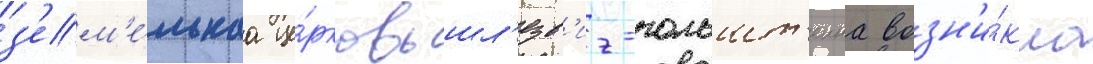
з'ем'е́льнаа це́рковь шл'езв'иг-гольшт'еина возн'и́кла